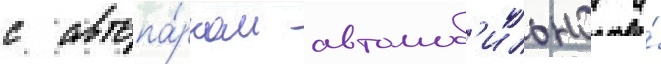
с автопа́рком автомоб'ильнои и́